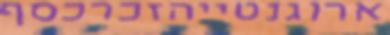
ארוגנטייהזכרכסף